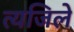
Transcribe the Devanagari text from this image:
त्यजिले